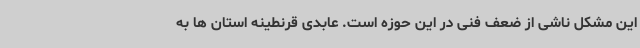
این مشکل ناشی از ضعف فنی در این حوزه است. عابدی قرنطینه استان ها به